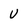
Character: u